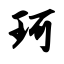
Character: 珂